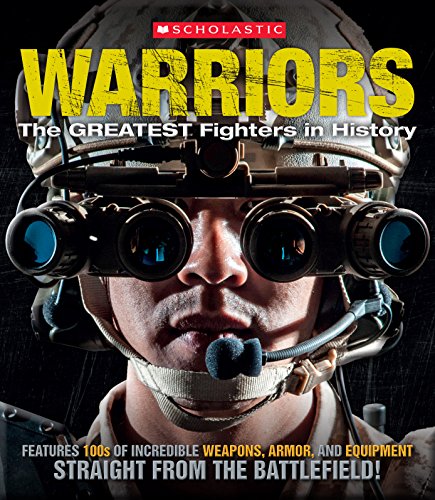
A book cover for Warriors: The Greatest Fighters in History (Scholastic Photo Collections); Sean Callery; Children's Books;